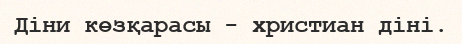
Діни көзқарасы - христиан діні.